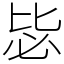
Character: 毖